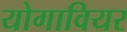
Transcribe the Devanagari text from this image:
योगावियर